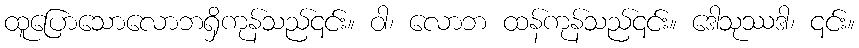
ထူပြောသောလောဘရှိကုန်သည်၎င်း။ ဝါ၊ လောဘ ထန်ကုန်သည်၎င်း။ ဒေါသုဿဒါ၊ ၎င်း။